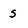
Character: s